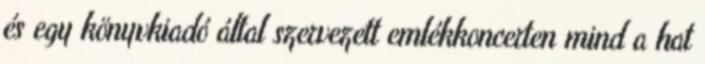
és egy könyvkiadó által szervezett emlékkoncerten mind a hat